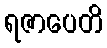
ရဇာပေတိ